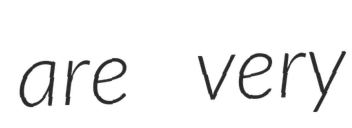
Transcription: are very